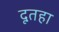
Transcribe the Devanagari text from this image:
दूतहा